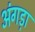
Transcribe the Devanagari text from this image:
अंगड़ा